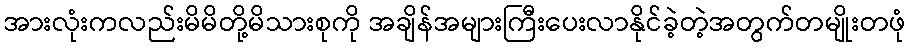
အားလုံးကလည်းမိမိတို့မိသားစုကို အချိန်အများကြီးပေးလာနိုင်ခဲ့တဲ့အတွက်တမျိုးတဖုံ